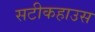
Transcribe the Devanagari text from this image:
सटीकहाउस